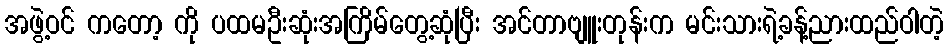
အဖွဲ့ဝင် ကတော့ ကို ပထမဦးဆုံးအကြိမ်တွေ့ဆုံပြီး အင်တာဗျူးတုန်းက မင်းသားရဲ့ခန့်ညားထည်ဝါတဲ့